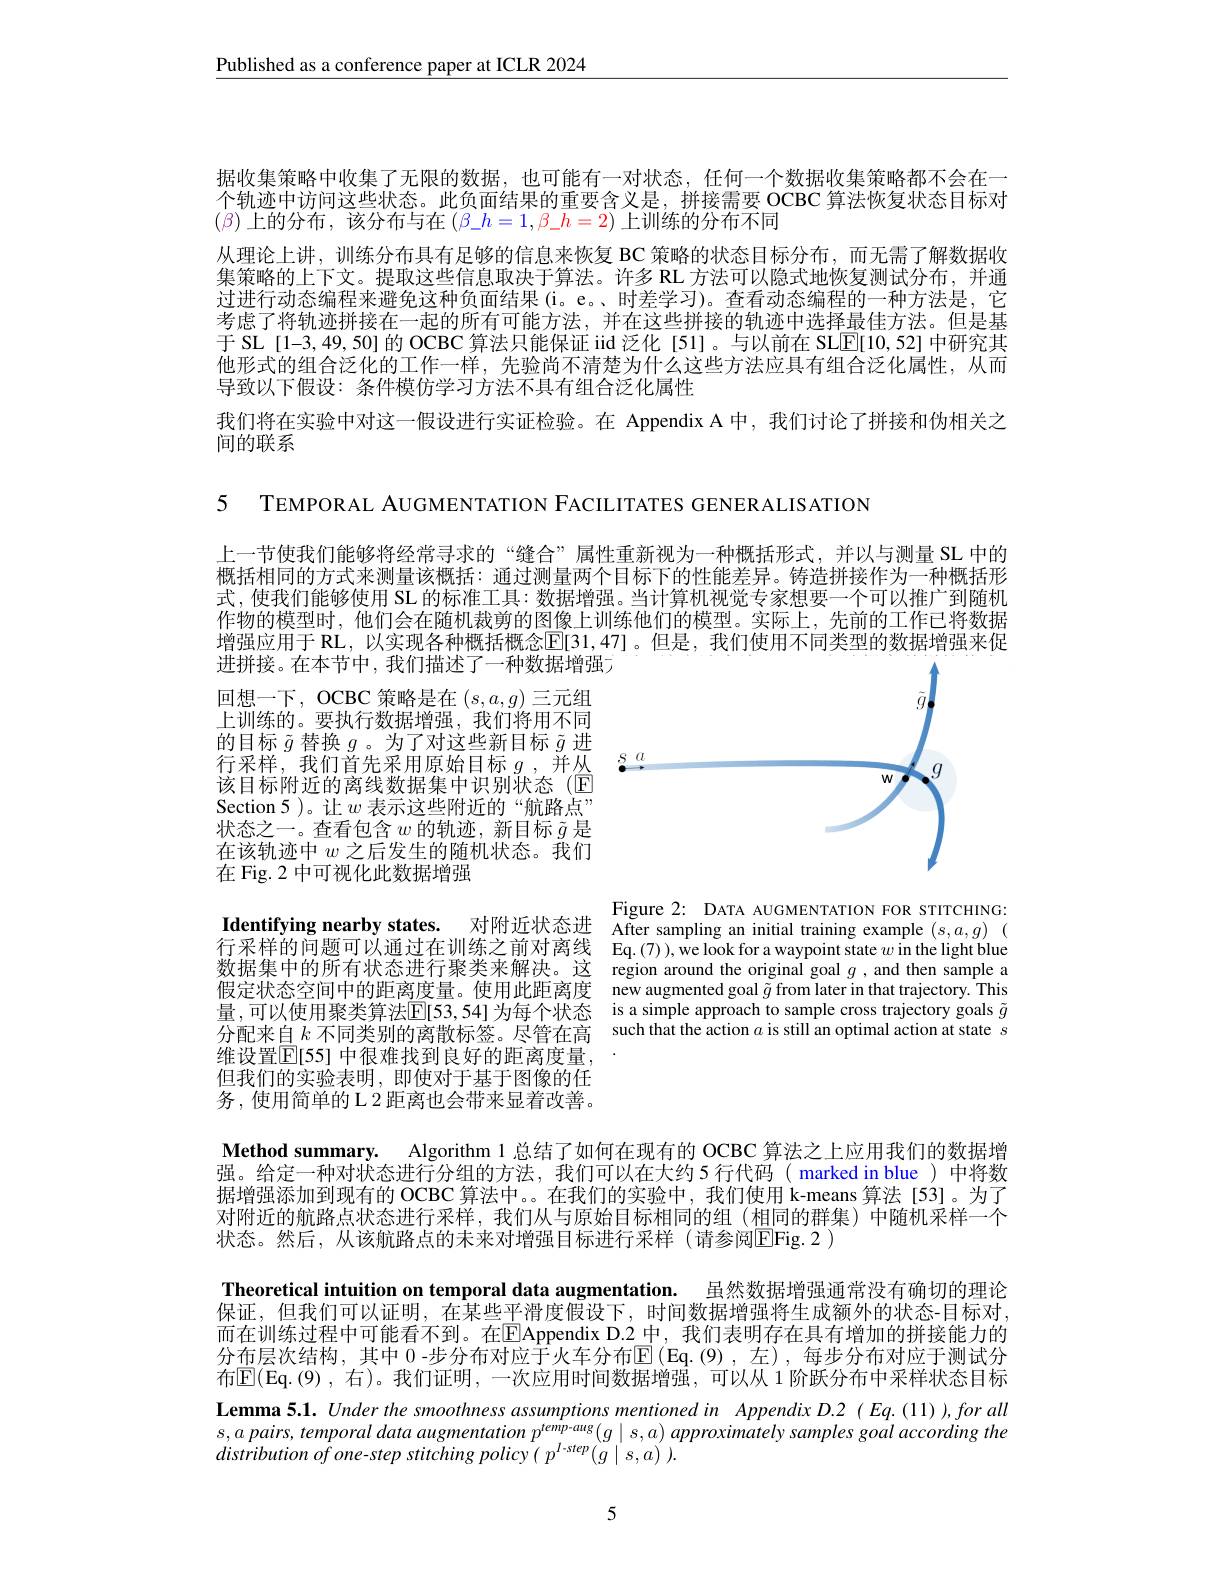
$\underline{\text{Published as a conference paper at ICLR 2024}}$

据收集策略中收集了无限的数据，也可能有一对状态，任何一个数据收集策略都不会在一个轨迹中访问这些状态。此负面结果的重要含义是，拼接需要 OCBC 算法恢复状态目标对$(\beta)$上的分布，该分布与在$(\beta\_h=1,\beta\_h=2)$上训练的分布不同
从理论上讲，训练分布具有足够的信息来恢复 BC 策略的状态目标分布，而无需了解数据收集策略的上下文。提取这些信息取决于算法。许多 RL 方法可以隐式地恢复测试分布，并通过进行动态编程来避免这种负面结果(i。e。、时差学习)。查看动态编程的一种方法是，它考虑了将轨迹拼接在一起的所有可能方法，并在这些拼接的轨迹中选择最佳方法。但是基于 SL [1-3,49,50] 的 OCBC 算法只能保证 iid 泛化[51]。与以前在 SL$\underline{\mathrm{E}}[10,52]$中研究其他形式的组合泛化的工作一样，先验尚不清楚为什么这些方法应具有组合泛化属性，从而导致以下假设：条件模仿学习方法不具有组合泛化属性
我们将在实验中对这一假设进行实证检验。在 Appendix A 中，我们讨论了拼接和伪相关之
间的联系

5 TEMPORAL AUGMENTATION FACILITATES GENERALISATION

上一节使我们能够将经常寻求的“缝合”属性重新视为一种概括形式，并以与测量 SL 中的概括相同的方式来测量该概括：通过测量两个目标下的性能差异。铸造拼接作为一种概括形式，使我们能够使用 SL 的标准工具：数据增强。当计算机视觉专家想要一个可以推广到随机作物的模型时，他们会在随机裁剪的图像上训练他们的模型。实际上，先前的工作已将数据增强应用于 RL, 以实现各种概括概念$\mathbb{E}[31,47]$。但是，我们使用不同类型的数据增强来促进拼接。在本节中，我们描述了一种数据增强广

<FigureHere>

回想一下，OCBC 策略是在$(s,a,g)$三元组上训练的。要执行数据增强，我们将用不同的目标$\tilde{g}$替换$g$ 。为了对这些新目标$\tilde{g}$进行采样，我们首先采用原始目标$g$ ,并从
该目标附近的离线数据集中识别状态(回Section 5 )。让$w$表示这些附近的“航路点” 状态之一。查看包含$w$的轨迹，新目标$\tilde{g}$是在该轨迹中$w$之后发生的随机状态。我们在 Fig. 2 中可视化此数据增强

$\textbf{Identifying nearby states. }$ 对附近状态进 After sampling an initial training example $( s, a, g)$ ( 行采样的问题可以通过在训练之前对离线 Eq.(7)),welookforawaypoint state $w$ in the light blue

Figure 2: DATA AUGMENTATION FOR STITCHING:
数据集中的所有状态进行聚类来解决。这 region around the original goal $g$ ,and then sample a
new augmented goal $\tilde{g}$ from later in that trajectory. This
量，可以使用聚类算法$\overline{\mathrm{E}}[53,54]$为每个状态 is a simple approach to sample cross trajectory goals $\tilde{g}$ 分配来自$k$不同类别的离散标签。尽管在高 such that the action $a$ is still an optimal action at state $s$

假定状态空间中的距离度量。使用此距离度
维设置$\mathbb{E}[55]$ 中很难找到良好的距离度量，
但我们的实验表明，即使对于基于图像的任务，使用简单的 L 2 距离也会带来显着改善。

Method summary. Algorithm 1 总结了如何在现有的 OCBC 算法之上应用我们的数据增强。给定一种对状态进行分组的方法，我们可以在大约5 行代码(marked in blue)中将数据增强添加到现有的 OCBC 算法中。。在我们的实验中，我们使用 k-means 算法[53]。为了对附近的航路点状态进行采样，我们从与原始目标相同的组(相同的群集)中随机采样一个状态。然后，从该航路点的未来对增强目标进行采样(请参阅$\overline{\mathrm{E}}$Fig.2)

Theoretical intuition on temporal data augmentation. 虽然数据增强通常没有确切的理论保证，但我们可以证明，在某些平滑度假设下，时间数据增强将生成额外的状态-目标对， 而在训练过程中可能看不到。在$\boxed{\mathrm{F}}$Appendix D.2 中，我们表明存在具有增加的拼接能力的分布层次结构，其中 0 -步分布对应于火车分布$\mathbb{E}($Eq.(9),左),每步分布对应于测试分布$\mathbb{E}($Eq.(9),右)。我们证明，一次应用时间数据增强，可以从 1阶跃分布中采样状态目标Lemma 5.1. Under the smoothness assumptions mentioned in Appendix D.2 (Eq.(11)),for all $s,a$ pairs, temporal data augmentation $p^\text{temip-aug}(g\mid s,a)$ approximately samples goal according the $distribution\textit{ of one- step stitching policy}( p^{l- step}( g\mid s, a) ) .$

5